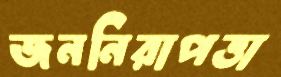
জননিরাপত্তা